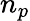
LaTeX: n_{p}